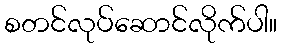
စတင်လုပ်ဆောင်လိုက်ပါ။